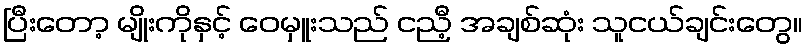
ပြီးတော့ မျိုးကိုနှင့် ဝေမှူးသည် ငညီ့ အချစ်ဆုံး သူငယ်ချင်းတွေ။